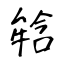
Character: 𤚥